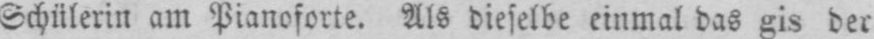
Schülerin am Pianoforte. Als dieselbe einmal das gis der